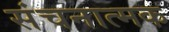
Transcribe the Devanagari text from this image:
संचनात्‍मक